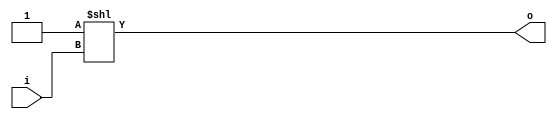
module bsg_decode_num_out_p5
(
  i,
  o
);

  input [2:0] i;
  output [4:0] o;
  wire [4:0] o;
  assign o = { 1'b0, 1'b0, 1'b0, 1'b0, 1'b1 } << i;

endmodule